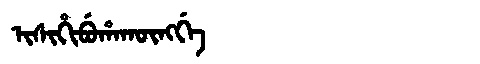
Manchu: ᡳᠰᡳᡥᡳᠪᡠᡥᠠᡴᡡᠩᡤᡝ
Romanization: ISIHIBUHAKŪNGGE